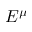
E ^ { \mu }